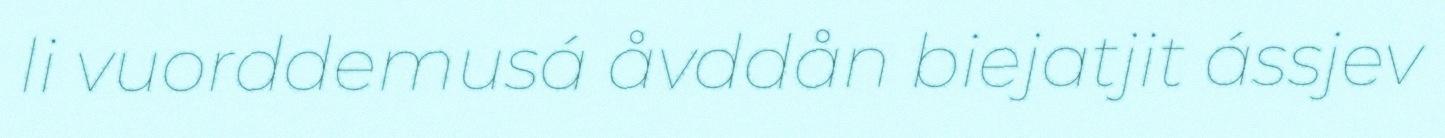
li vuorddemusá åvddån biejatjit ássjev